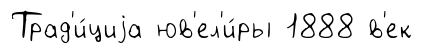
Трад'и́циjа юв'ел'и́ры 1888 в'ек